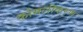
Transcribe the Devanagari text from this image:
कोमलीकरण